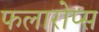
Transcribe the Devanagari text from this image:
फलारोप्स